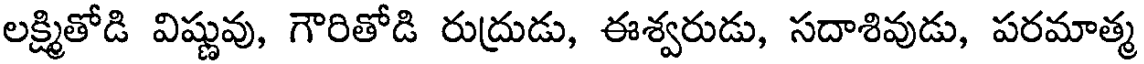
లక్ష్మితోడి విష్ణువు, గౌరితోడి రుద్రుడు, ఈశ్వరుడు, సదాశివుడు, పరమాత్మ